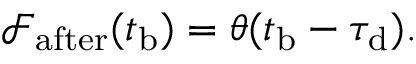
\begin{array} { r } { \mathcal { F } _ { \mathrm { a f t e r } } ( t _ { \mathrm { b } } ) = \theta ( t _ { \mathrm { b } } - \tau _ { \mathrm { d } } ) . } \end{array}